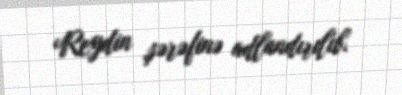
Reydin şərəfinə adlandırılıb.